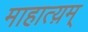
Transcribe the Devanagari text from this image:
माहात्य़म्